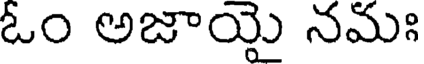
ఓం అజాయై నమః